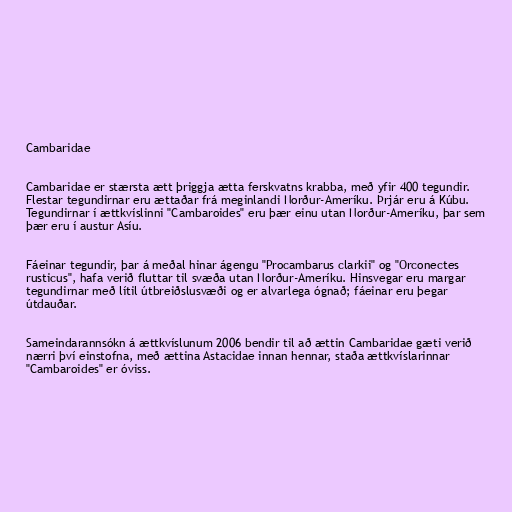
Cambaridae

Cambaridae er stærsta ætt þriggja ætta ferskvatns krabba, með yfir 400 tegundir.
Flestar tegundirnar eru ættaðar frá meginlandi Norður-Ameríku. Þrjár eru á Kúbu.
Tegundirnar í ættkvíslinni "Cambaroides" eru þær einu utan Norður-Ameríku, þar sem
þær eru í austur Asíu.

Fáeinar tegundir, þar á meðal hinar ágengu "Procambarus clarkii" og "Orconectes
rusticus", hafa verið fluttar til svæða utan Norður-Ameríku. Hinsvegar eru margar
tegundirnar með lítil útbreiðslusvæði og er alvarlega ógnað; fáeinar eru þegar
útdauðar.

Sameindarannsókn á ættkvíslunum 2006 bendir til að ættin Cambaridae gæti verið
nærri því einstofna, með ættina Astacidae innan hennar, staða ættkvíslarinnar
"Cambaroides" er óviss.